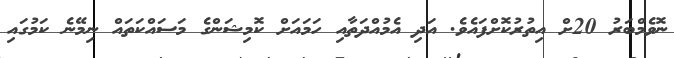
ނޮވެމްބަރު 20ށް އިތުރުކޮށްފައެވެ. އަދި އެމުއްދަތާއި ހަމައަށް ކޮމިޝަންގެ މަސައްކަތައް ނިމޭނެ ކަމުގައި